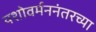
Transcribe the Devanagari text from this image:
यशोवर्मननंतरच्या